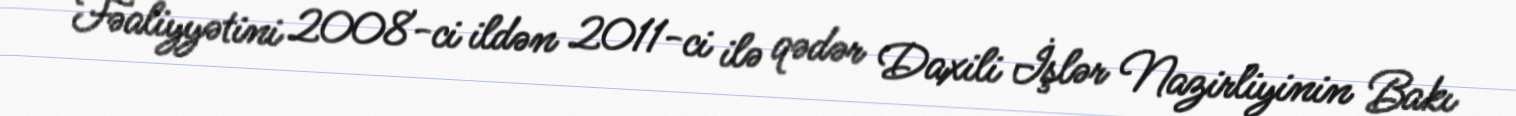
Fəaliyyətini 2008-ci ildən 2011-ci ilə qədər Daxili İşlər Nazirliyinin Bakı